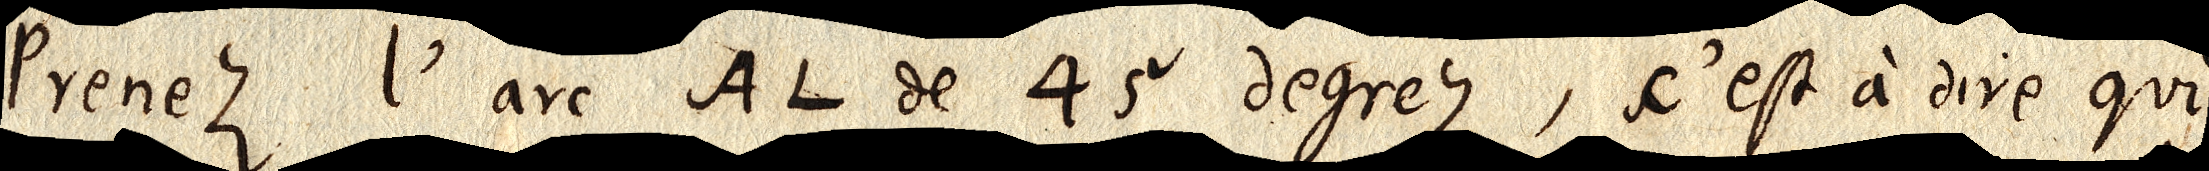
Prenez l’arc AL de 45 degrez, c’est à dire qui